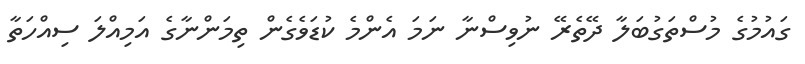
ގައުމުގެ މުސްތަގުބަލާ ދޭތެރޭ ނުވިސްނާ ނަމަ އެންމެ ކުޑަވެގެން ތިމަންނާގެ އަމިއްލަ ސިއްހަތާ